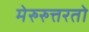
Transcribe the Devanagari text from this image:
मेरुरुत्तरतो